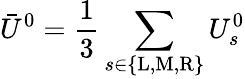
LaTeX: \bar{U}^{0}=\frac{1}{3}\sum_{s\in\{ \mathrm{L},\mathrm{M},\mathrm{R}\} }U_{s}^{0}